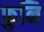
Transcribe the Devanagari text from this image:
फुनि